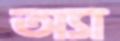
অ্যা